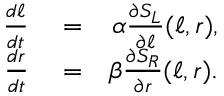
\begin{array} { r l r } { \frac { d \ell } { d t } } & { { } = } & { \alpha \frac { \partial S _ { L } } { \partial \ell } ( \ell , r ) , } \\ { \frac { d r } { d t } } & { { } = } & { \beta \frac { \partial S _ { R } } { \partial r } ( \ell , r ) . } \end{array}